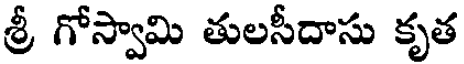
శ్రీ గోస్వామి తులసీదాసు కృత